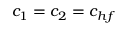
c _ { 1 } = c _ { 2 } = c _ { h f }